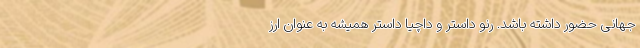
جهانی حضور داشته باشد. رنو داستر و داچیا داستر همیشه به عنوان ارز